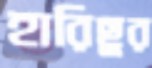
হারিছুর